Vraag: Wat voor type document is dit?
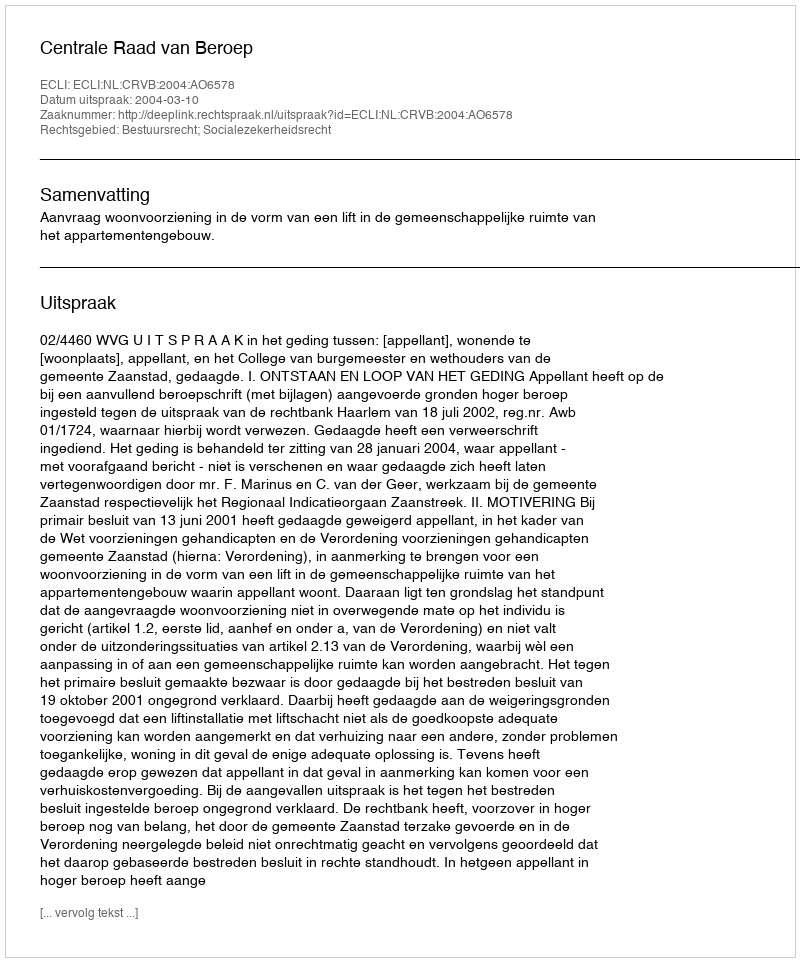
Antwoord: Uitspraak